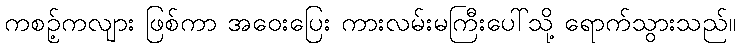
ကစဉ့်ကလျား ဖြစ်ကာ အဝေးပြေး ကားလမ်းမကြီးပေါ်သို့ ရောက်သွားသည်။